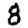
Digit: 8